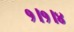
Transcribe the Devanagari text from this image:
१।१।४